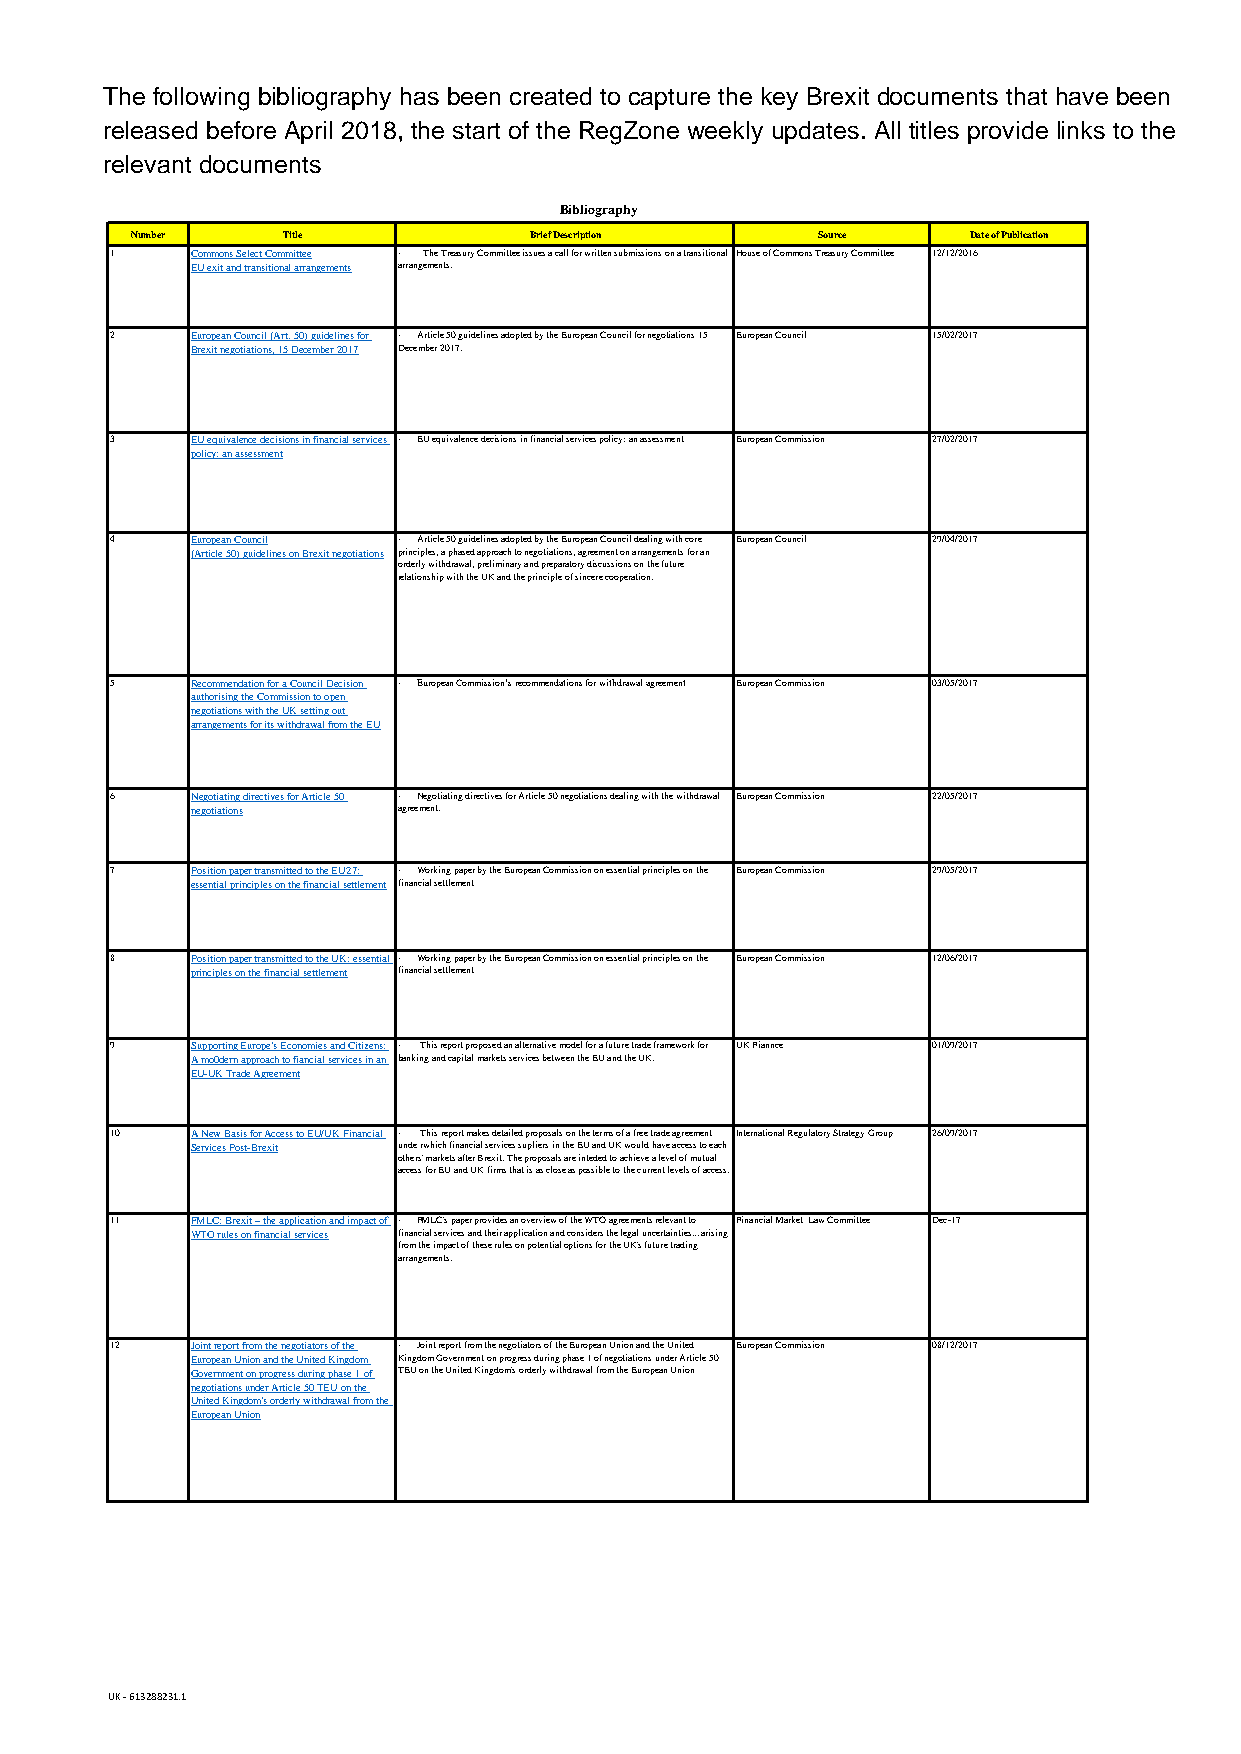
Bibliography
 Number    Title           Brief Description  Source    Date of Publication
 1     Commons Select Committee · The Treasury Committee issues a call for written submissions on a transitional House of Commons Treasury Committee 12/12/2016
 EU exit and transitional arrangements arrangements.
 2     European Council (Art. 50) guidelines for · Article 50 guidelines adopted by the European Council for negotiations 15 European Council 15/02/2017
 Brexit negotiations, 15 December 2017 December 2017.
 3     EU equivalence decisions in financial services · EU equivalence decisions in financial services policy: an assessment European Commission 27/02/2017
 policy: an assessment
 4     European Council · Article 50 guidelines adopted by the European Council dealing with core European Council 29/04/2017
 (Article 50) guidelines on Brexit negotiations principles, a phased approach to negotiations, agreement on arrangements for an
 orderly withdrawal, preliminary and preparatory discussions on the future
 relationship with the UK and the principle of sincere cooperation.
 5     Recommendation for a Council Decision · European Commission’s recommendations for withdrawal agreement European Commission 03/05/2017
 authorising the Commission to open
 negotiations with the UK setting out
 arrangements for its withdrawal from the EU
 6     Negotiating directives for Article 50 · Negotiating directives for Article 50 negotiations dealing with the withdrawal European Commission 22/05/2017
 negotiations agreement.
 7     Position paper transmitted to the EU27: · Working paper by the European Commission on essential principles on the European Commission 29/05/2017
 essential principles on the financial settlement financial settlement
 8     Position paper transmitted to the UK: essential · Working paper by the European Commission on essential principles on the European Commission 12/06/2017
 principles on the financial settlement financial settlement
 9     Supporting Europe's Economies and Citizens: · This report proposed an alternative model for a future trade framework for UK Fiannce 01/09/2017
 A mo0dern approach to fiancial services in an banking and capital markets services between the EU and the UK.
 EU-UK Trade Agreement
 10    A New Basis for Access to EU/UK Financial · This report makes detailed proposals on the terms of a free trade agreement International Regulatory Strategy Group 26/09/2017
 Services Post-Brexit unde rwhich financial services supliers in the EU and UK would have access to each
 others' markets after Brexit. The proposals are inteded to achieve a level of mutual
 access for EU and UK firms that is as close as possible to the current levels of access.
 11    FMLC: Brexit – the application and impact of · FMLC's paper provides an overview of the WTO agreements relevant to Financial Market Law Committee Dec-17
 WTO rules on financial services financial services and their application and considers the legal uncertainties... arising
 from the impact of these rules on potential options for the UK's future trading
 arrangements.
 12    Joint report from the negotiators of the · Joint report from the negotiators of the European Union and the United European Commission 08/12/2017
 European Union and the United Kingdom Kingdom Government on progress during phase 1 of negotiations under Article 50
 Government on progress during phase 1 of TEU on the United Kingdom's orderly withdrawal from the European Union
 negotiations under Article 50 TEU on the
 United Kingdom's orderly withdrawal from the
 European Union
 UK - 613288231.1